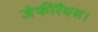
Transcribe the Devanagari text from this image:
जेफीरैंथस।